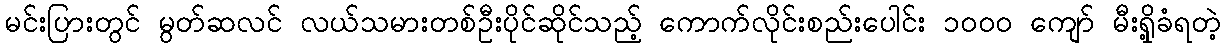
မင်းပြားတွင် မွတ်ဆလင် လယ်သမားတစ်ဦးပိုင်ဆိုင်သည့် ကောက်လိုင်းစည်းပေါင်း ၁၀၀၀ ကျော် မီးရှို့ခံရတဲ့